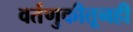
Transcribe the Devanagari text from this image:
वर्तणुकीतूनही